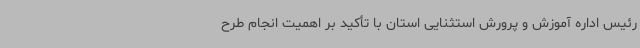
رئیس اداره آموزش و پرورش استثنایی استان با تأکید بر اهمیت انجام طرح